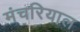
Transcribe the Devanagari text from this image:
मंचरियाल